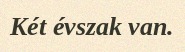
Két évszak van.